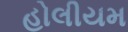
હોલીયમ